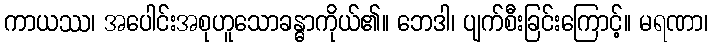
ကာယဿ၊ အပေါင်းအစုဟူသောခန္ဓာကိုယ်၏။ ဘေဒါ၊ ပျက်စီးခြင်းကြောင့်။ မရဏာ၊